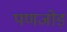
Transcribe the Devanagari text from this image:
पणजोड़